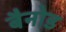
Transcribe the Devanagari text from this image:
बैनोड